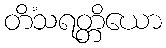
တိံသရတ္တိယော